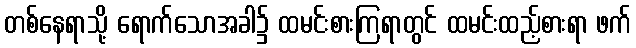
တစ်နေရာသို့ ရောက်သောအခါ၌ ထမင်းစားကြရာတွင် ထမင်းထည့်စားရာ ဖက်